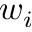
w _ { i }